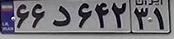
۶۶د۶۴۲۳۱